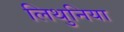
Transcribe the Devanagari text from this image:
लिथुनिया